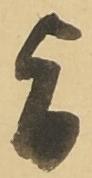
旨